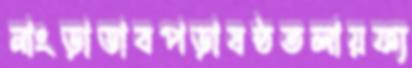
নাংড়াডাবপড়াষষ্ঠতলায়ফ্য